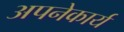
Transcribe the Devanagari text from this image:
अपनेकार्य